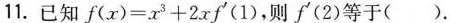
11.已知 $$f ( x ) = x ^ { 3 } + 2 x f ^ { \prime } ( 1 )$$ ,则f^{\prime}(2)等于( ).